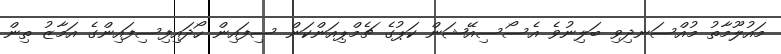
މައުލޫމާތު މުއްސަނދިވި ބަލިނުވެ އެސޯސިއޭޝަން ކަޕުގެ ޗެމްޕިއަންކަން ސިފައިން ހޯދައިފިސިފައިންގެ އަމާޒު ތިން